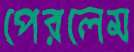
পেরলেম